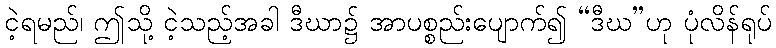
ငဲ့ရမည်၊ ဤသို့ ငဲ့သည့်အခါ ဒီဃာ၌ အာပစ္စည်းပျောက်၍ “ဒီဃ”ဟု ပုံလိန်ရုပ်